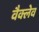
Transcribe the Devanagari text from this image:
वैक्लेव